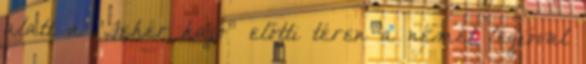
alatt a "Fehér hajó" előtti téren a német légióval